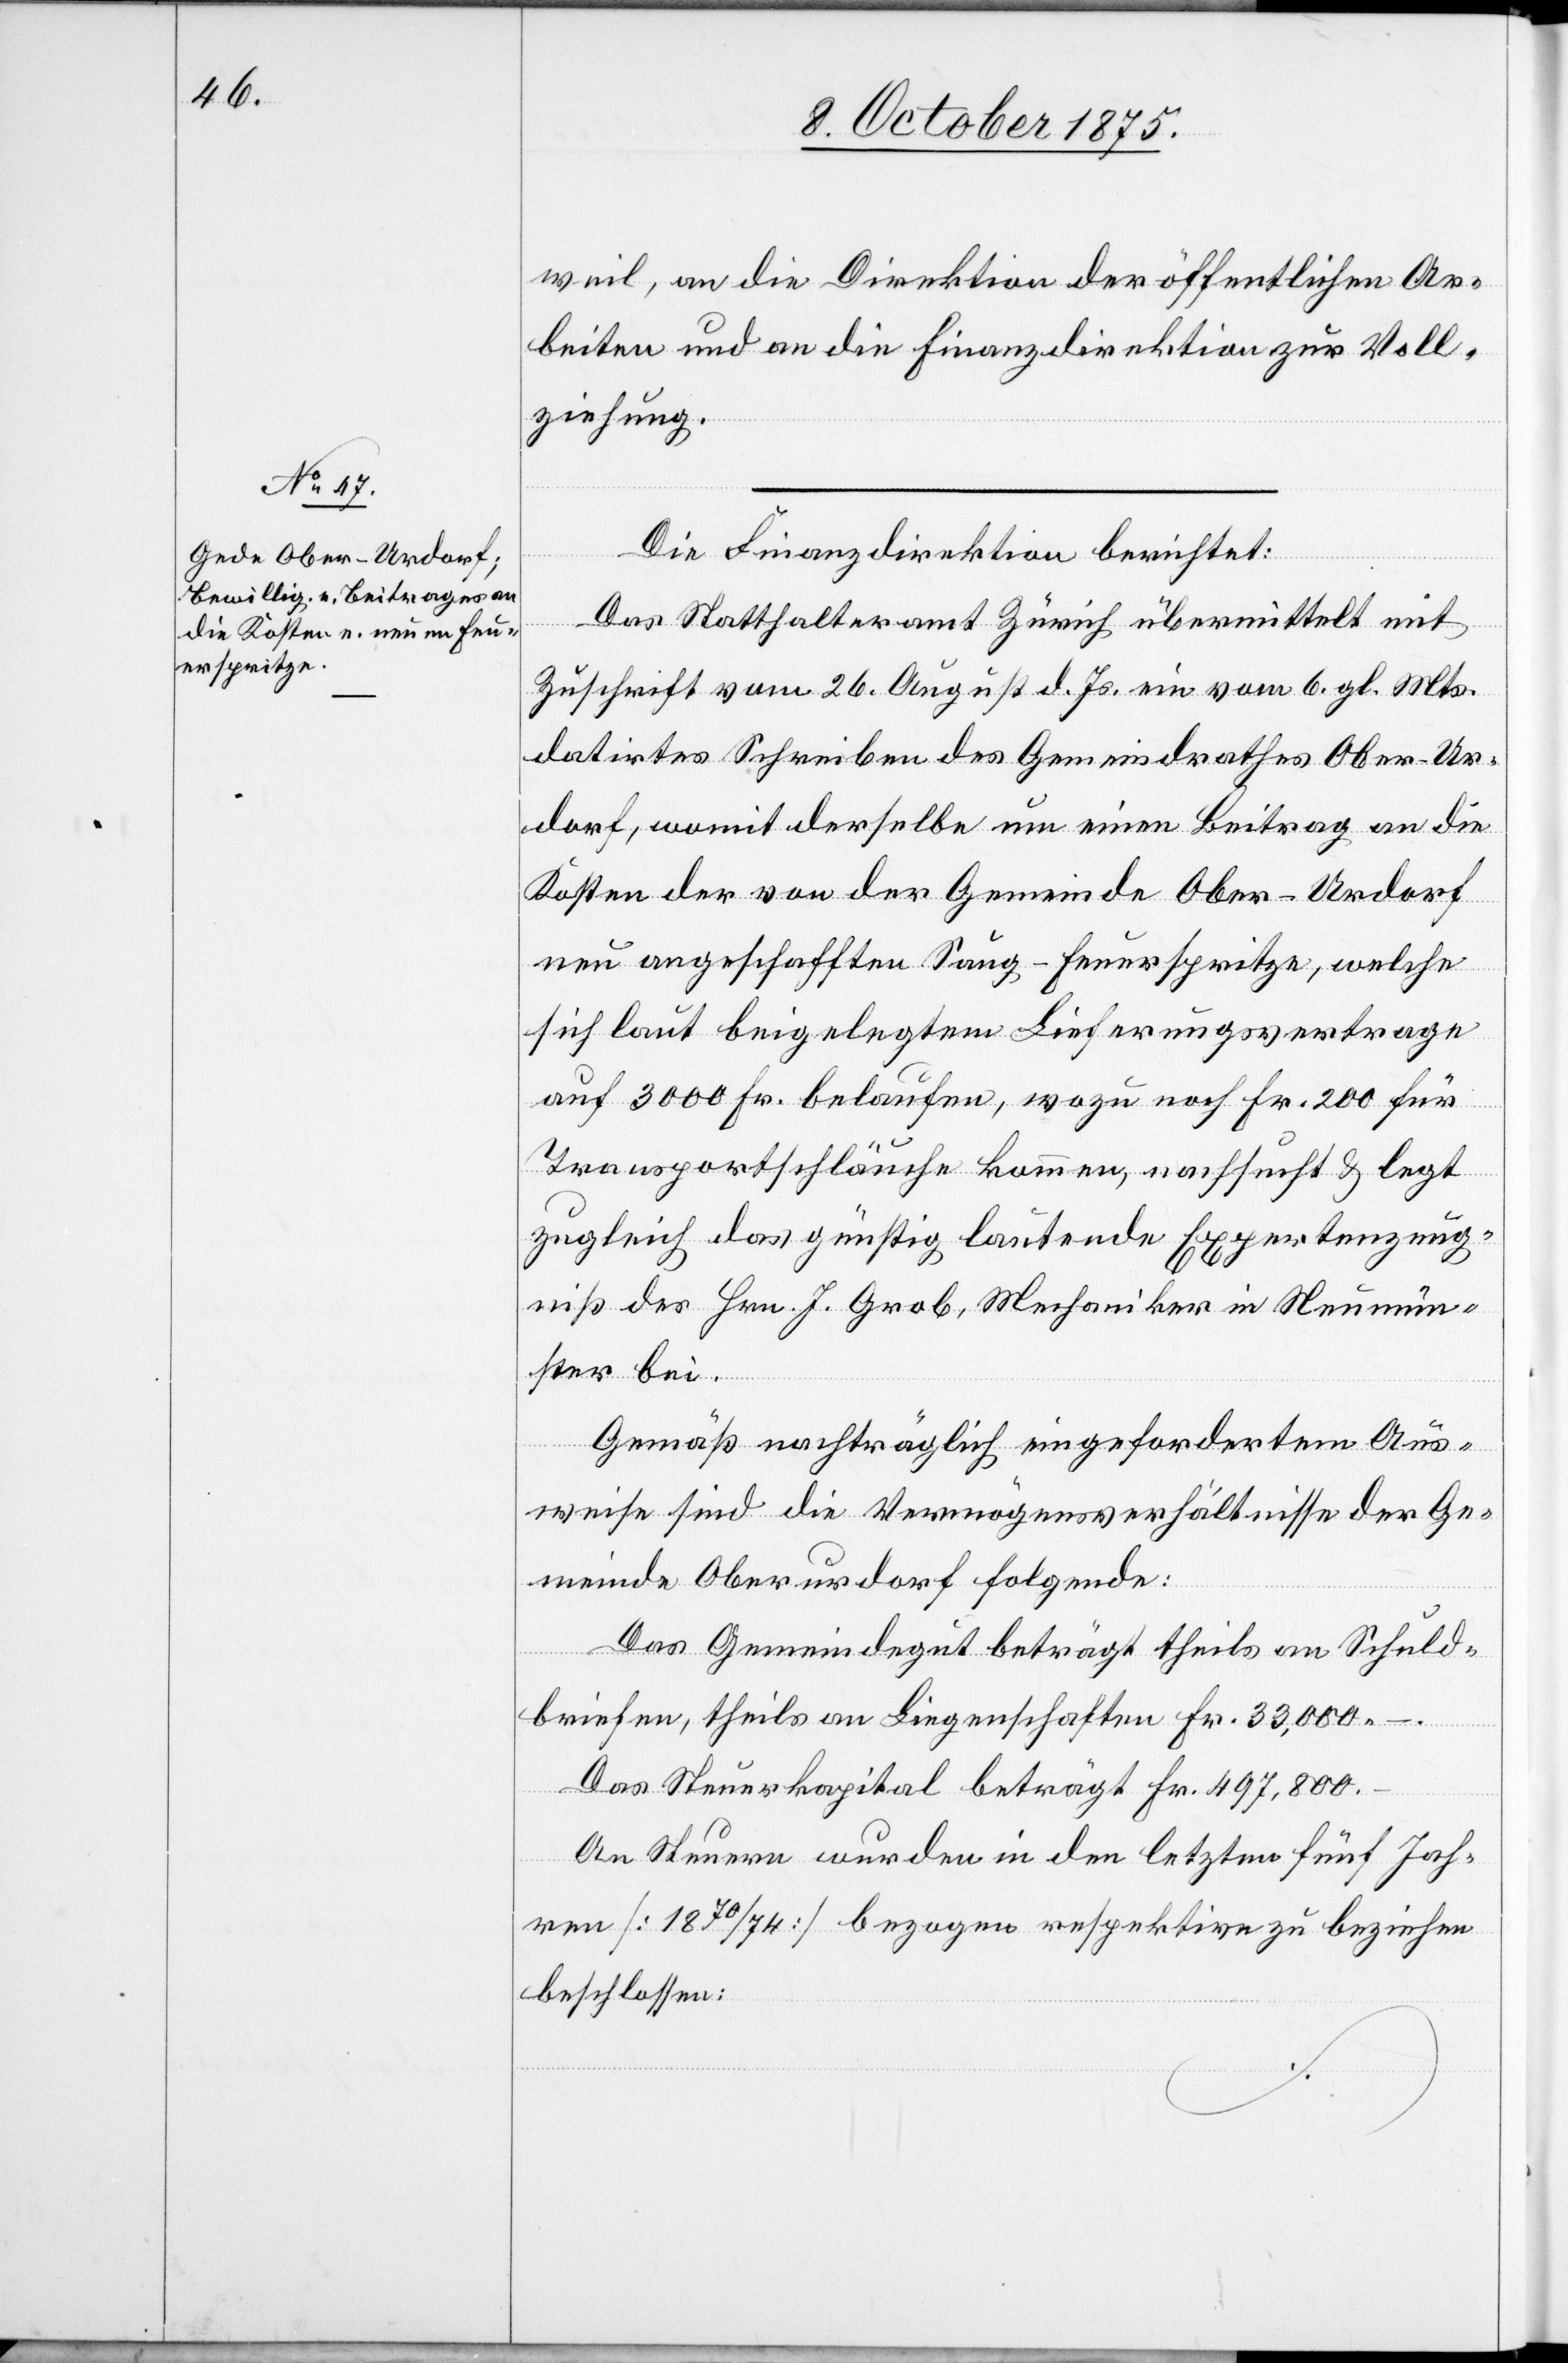
weil, an die Direktion der öffentlichen Ar¬
beiten und an die Finanzdirektion zur Voll¬
ziehung.